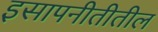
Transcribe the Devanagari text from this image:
इसापनीतीतील